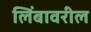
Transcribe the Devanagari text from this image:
लिंबावरील